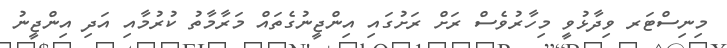
މިނިސްޓަރ ވިދާޅުވީ މިހާރުވެސް ރަށް ރަށުގައި އިންޖީނުގެތައް މަރާމާތު ކުރުމާއި އަދި އިންޖީނު